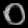
Digit: ၀